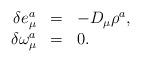
LaTeX: \begin{align*}\begin{array}{rcl} \delta e^a_\mu &=& -D_\mu\rho^a, \\ \delta \omega^a_\mu &=& 0.\end{array}\end{align*}